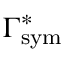
\Gamma _ { \mathrm { { s y m } } } ^ { * }